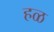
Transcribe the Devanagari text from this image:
हळ